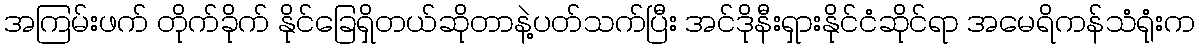
အကြမ်းဖက် တိုက်ခိုက် နိုင်ခြေရှိတယ်ဆိုတာနဲ့ပတ်သက်ပြီး အင်ဒိုနီးရှားနိုင်ငံဆိုင်ရာ အမေရိကန်သံရုံးက